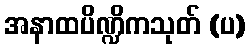
အနာထပိဏ္ဍိကသုတ် (ပ)